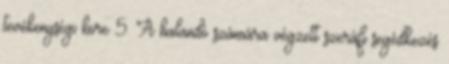
tevékenységi köre 5. A halandó számára végzett szeráfi segédkezés